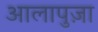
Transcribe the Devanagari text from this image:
आलापुज़ा